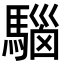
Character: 𩤘